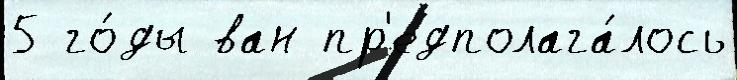
5 го́ды ван пр'едполага́лось